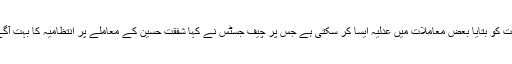
طارق حسن ایڈووکیٹ نے عدالت کو بتایا بعض معاملات میں عدلیہ ایسا کر سکتی ہے جس پر چیف جسٹس نے کہا شفقت حسین کے معاملے پر انتظامیہ کا بہت آگے جانا غیر معمولی واقعہ ہے۔